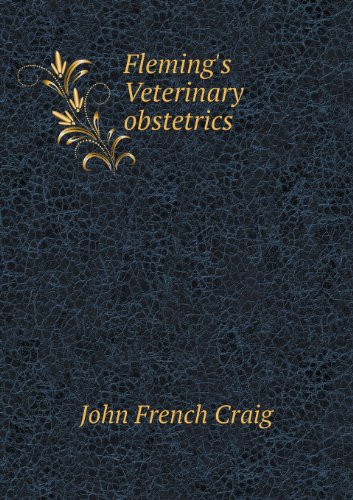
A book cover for Fleming's Veterinary obstetrics; John French Craig; Medical Books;